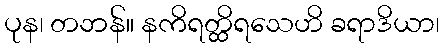
ပုန၊ တဘန်။ နကိရတ္ထိရသေဟိ ခရာဒိယာ၊